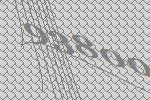
93800